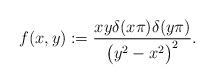
LaTeX: \begin{align*} f(x,y):=\frac {xy\delta(x\pi)\delta(y\pi)}{\big(y^2-x^2\big)^2}.\end{align*}